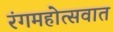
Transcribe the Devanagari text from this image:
रंगमहोत्सवात